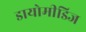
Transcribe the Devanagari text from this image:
डायोमीडिज